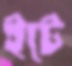
ইটে